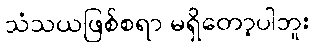
သံသယဖြစ်စရာ မရှိတော့ပါဘူး